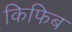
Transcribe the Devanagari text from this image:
किफिब